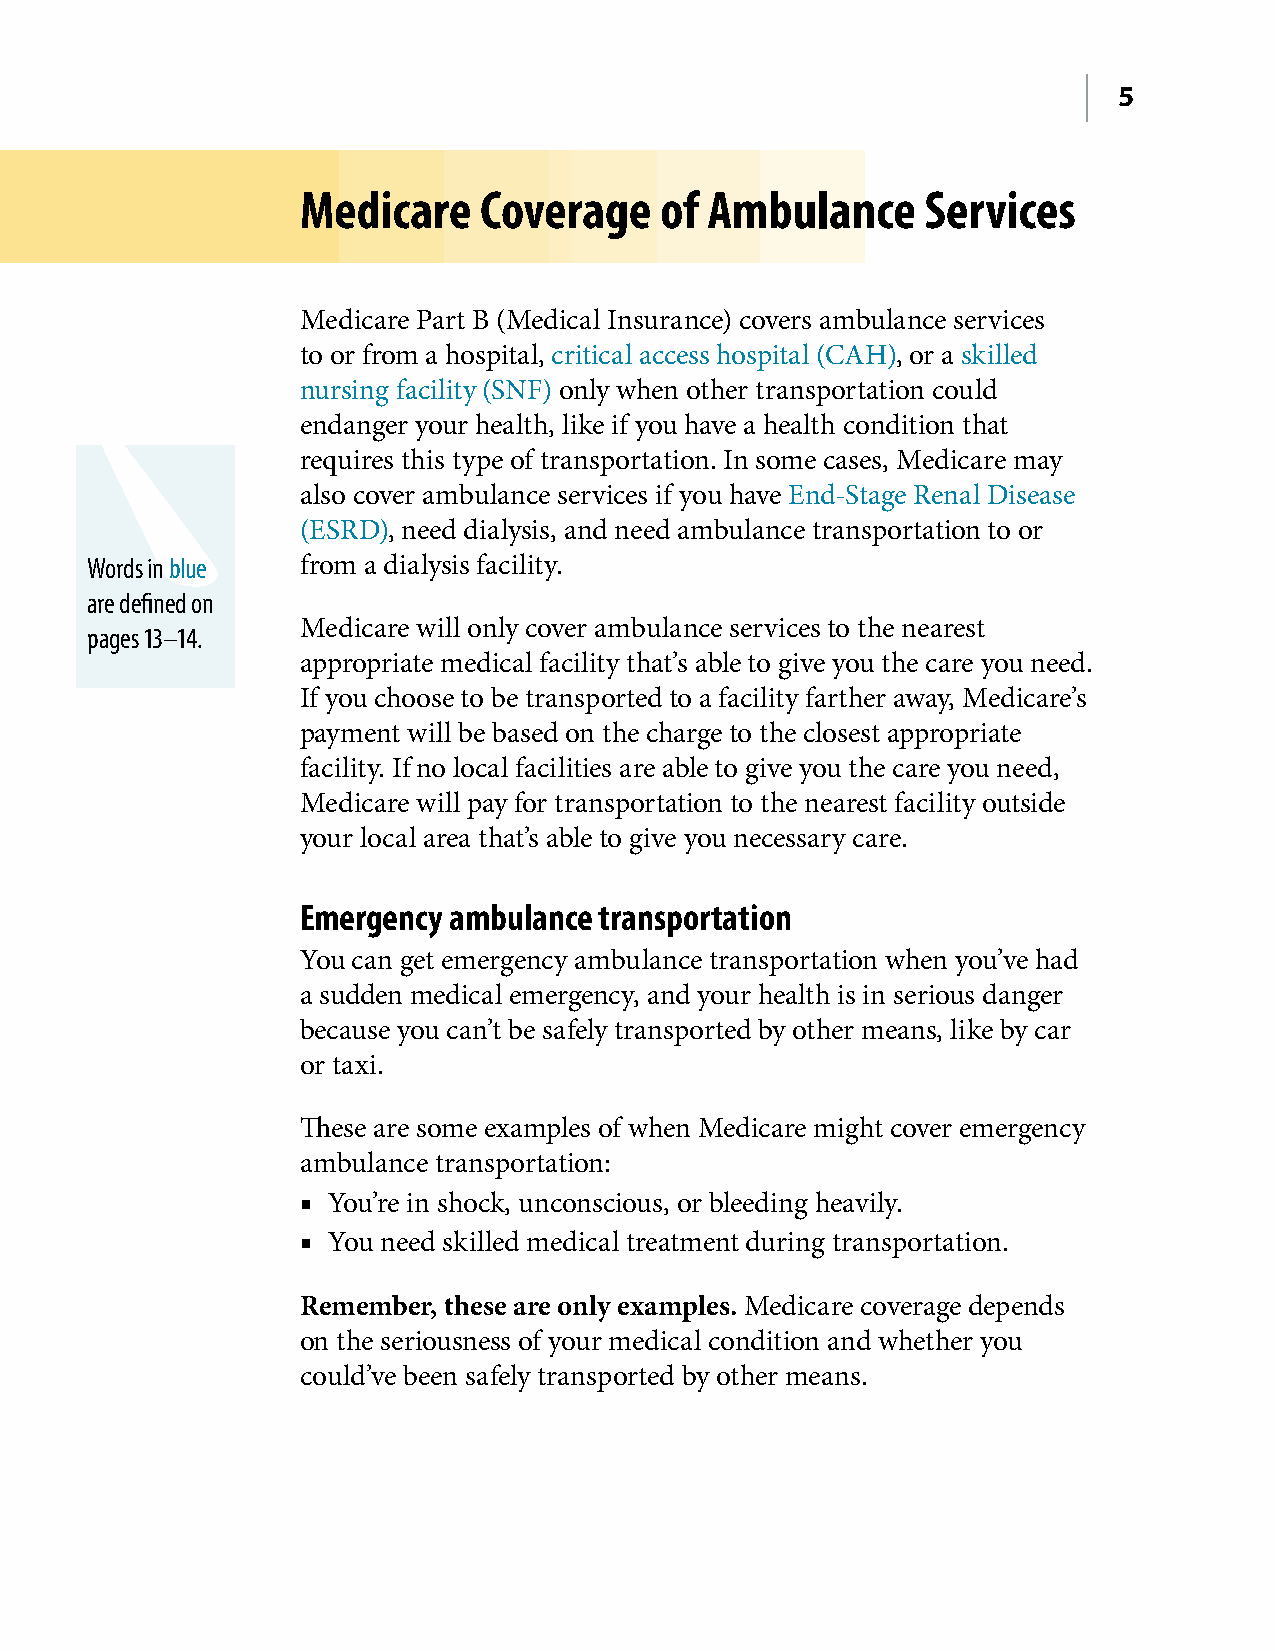
5
 Medicare    Coverage    of Ambulance     Services
 Medicare Part B (Medical Insurance) covers ambulance services
 to or from a hospital, critical access hospital (CAH), or a skilled
 nursing facility (SNF) only when other transportation could
 endanger your health, like if you have a health condition that
 requires this type of transportation� In some cases, Medicare may
 also cover ambulance services if you have End-Stage Renal Disease
 (ESRD), need dialysis, and need ambulance transportation to or
 Words in blue from a dialysis facility�
 are defined on
 Medicare will only cover ambulance services to the nearest
 pages 13–14.
 appropriate medical facility that’s able to give you the care you need�
 If you choose to be transported to a facility farther away, Medicare’s
 payment will be based on the charge to the closest appropriate
 facility� If no local facilities are able to give you the care you need,
 Medicare will pay for transportation to the nearest facility outside
 your local area that’s able to give you necessary care�
 Emergency ambulance transportation
 You can get emergency ambulance transportation when you’ve had
 a sudden medical emergency, and your health is in serious danger
 because you can’t be safely transported by other means, like by car
 or taxi�
 These are some examples of when Medicare might cover emergency
 ambulance transportation:
 ■ You’re in shock, unconscious, or bleeding heavily�
 ■ You need skilled medical treatment during transportation�
 Remember, these are only examples. Medicare coverage depends
 on the seriousness of your medical condition and whether you
 could’ve been safely transported by other means�